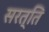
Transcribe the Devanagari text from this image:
सरत्ति